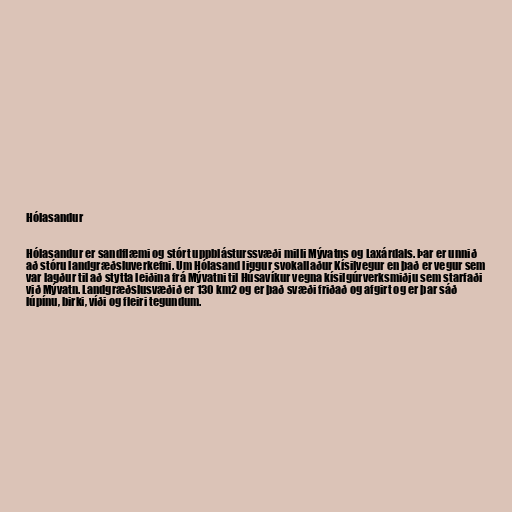
Hólasandur

Hólasandur er sandflæmi og stórt uppblásturssvæði milli Mývatns og Laxárdals. Þar er unnið
að stóru landgræðsluverkefni. Um Hólasand liggur svokallaður Kísilvegur en það er vegur sem
var lagður til að stytta leiðina frá Mývatni til Húsavíkur vegna kísilgúrverksmiðju sem starfaði
við Mývatn. Landgræðslusvæðið er 130 km2 og er það svæði friðað og afgirt og er þar sáð
lúpínu, birki, víði og fleiri tegundum.